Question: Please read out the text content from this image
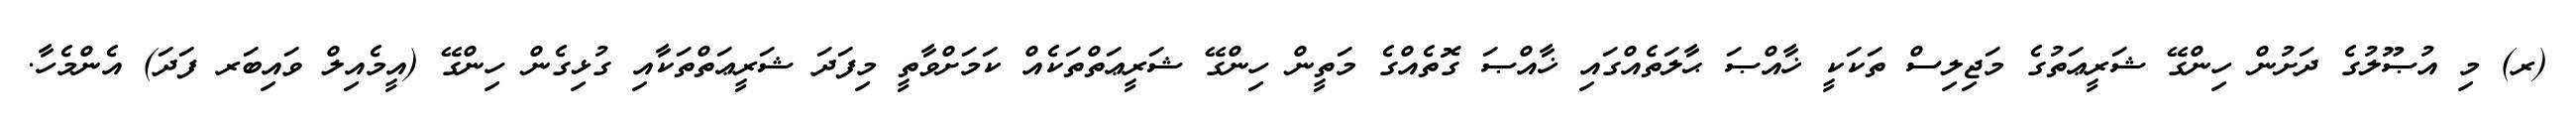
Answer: (ރ) މި އުޞޫލުގެ ދަށުން ހިންގޭ ޝަރީޢަތުގެ މަޖިލިސް ތަކަކީ ޚާއްޞަ ޙާލަތެއްގައި ޚާއްޞަ ގޮތެއްގެ މަތީން ހިންގޭ ޝަރީޢަތްތަކެއް ކަމަށްވާތީ މިފަދަ ޝަރީޢަތްތަކާއި ގުޅިގެން ހިންގޭ (އީމެއިލް ވައިބަރ ފަދަ) އެންމެހާ.